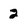
Character: 2